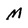
Character: M